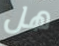
هل